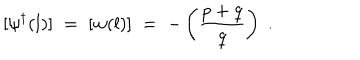
[ \psi ^ { \dagger } ( l ) ] \; = \; [ w ( l ) ] \; = \; - \left( \frac { p + q } { q } \right) \; .